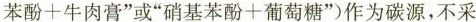
苯酚+牛肉膏”或”硝基苯酚十葡萄糖”作为碳源，不采